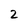
Character: 2